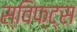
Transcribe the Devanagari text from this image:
स्विफ्ट्स